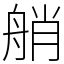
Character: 艄